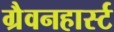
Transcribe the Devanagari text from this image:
ग्रैवनहार्स्ट